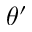
\theta ^ { \prime }